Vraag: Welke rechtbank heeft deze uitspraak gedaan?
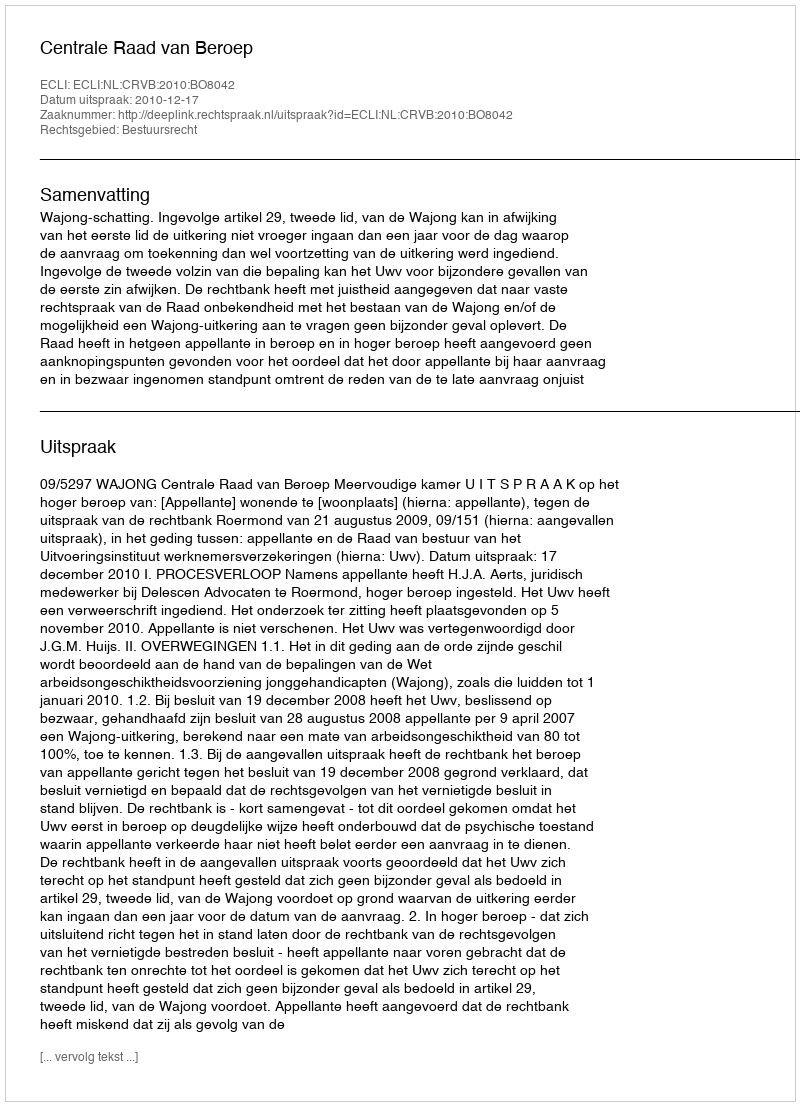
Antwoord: Centrale Raad van Beroep